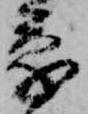
蒙